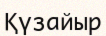
Қүзайыр